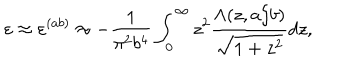
LaTeX: \varepsilon \approx \varepsilon ^ { ( a b ) } \approx - \frac { 1 } { \pi ^ { 2 } b ^ { 4 } } \int _ { 0 } ^ { \infty } { z ^ { 2 } \frac { \Lambda ( z , a / b ) } { \sqrt { 1 + z ^ { 2 } } } d z } ,